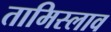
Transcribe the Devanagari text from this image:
तामिस्लाव